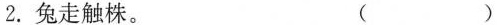
2.兔走触株。 ()